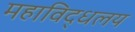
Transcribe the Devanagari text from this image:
महाविद्धलय